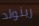
رينولد